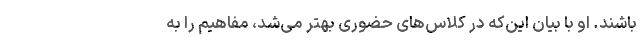
باشند. او با بیان این‌که در کلاس‌های حضوری بهتر می‌شد، مفاهیم را به